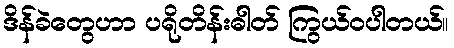
ဒိန်ခဲတွေဟာ ပရိုတိန်းဓါတ် ကြွယ်ဝပါတယ်။